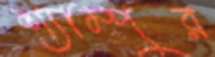
শ্যাম্পুর